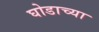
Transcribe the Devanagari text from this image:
घोडाच्या